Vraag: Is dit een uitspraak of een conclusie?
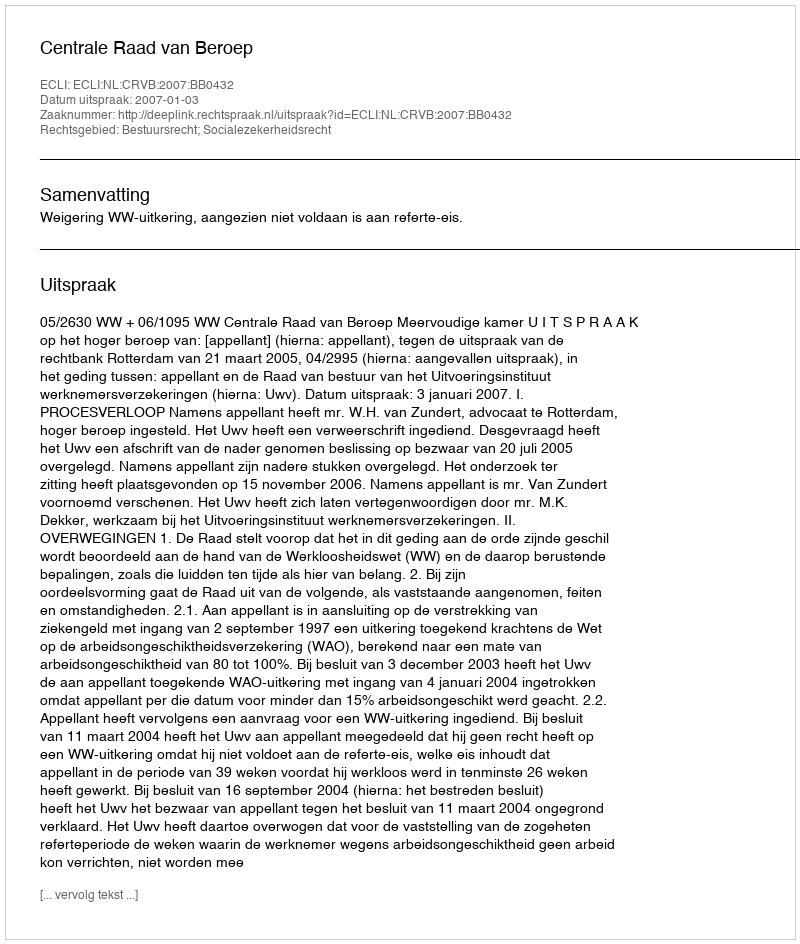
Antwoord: Uitspraak